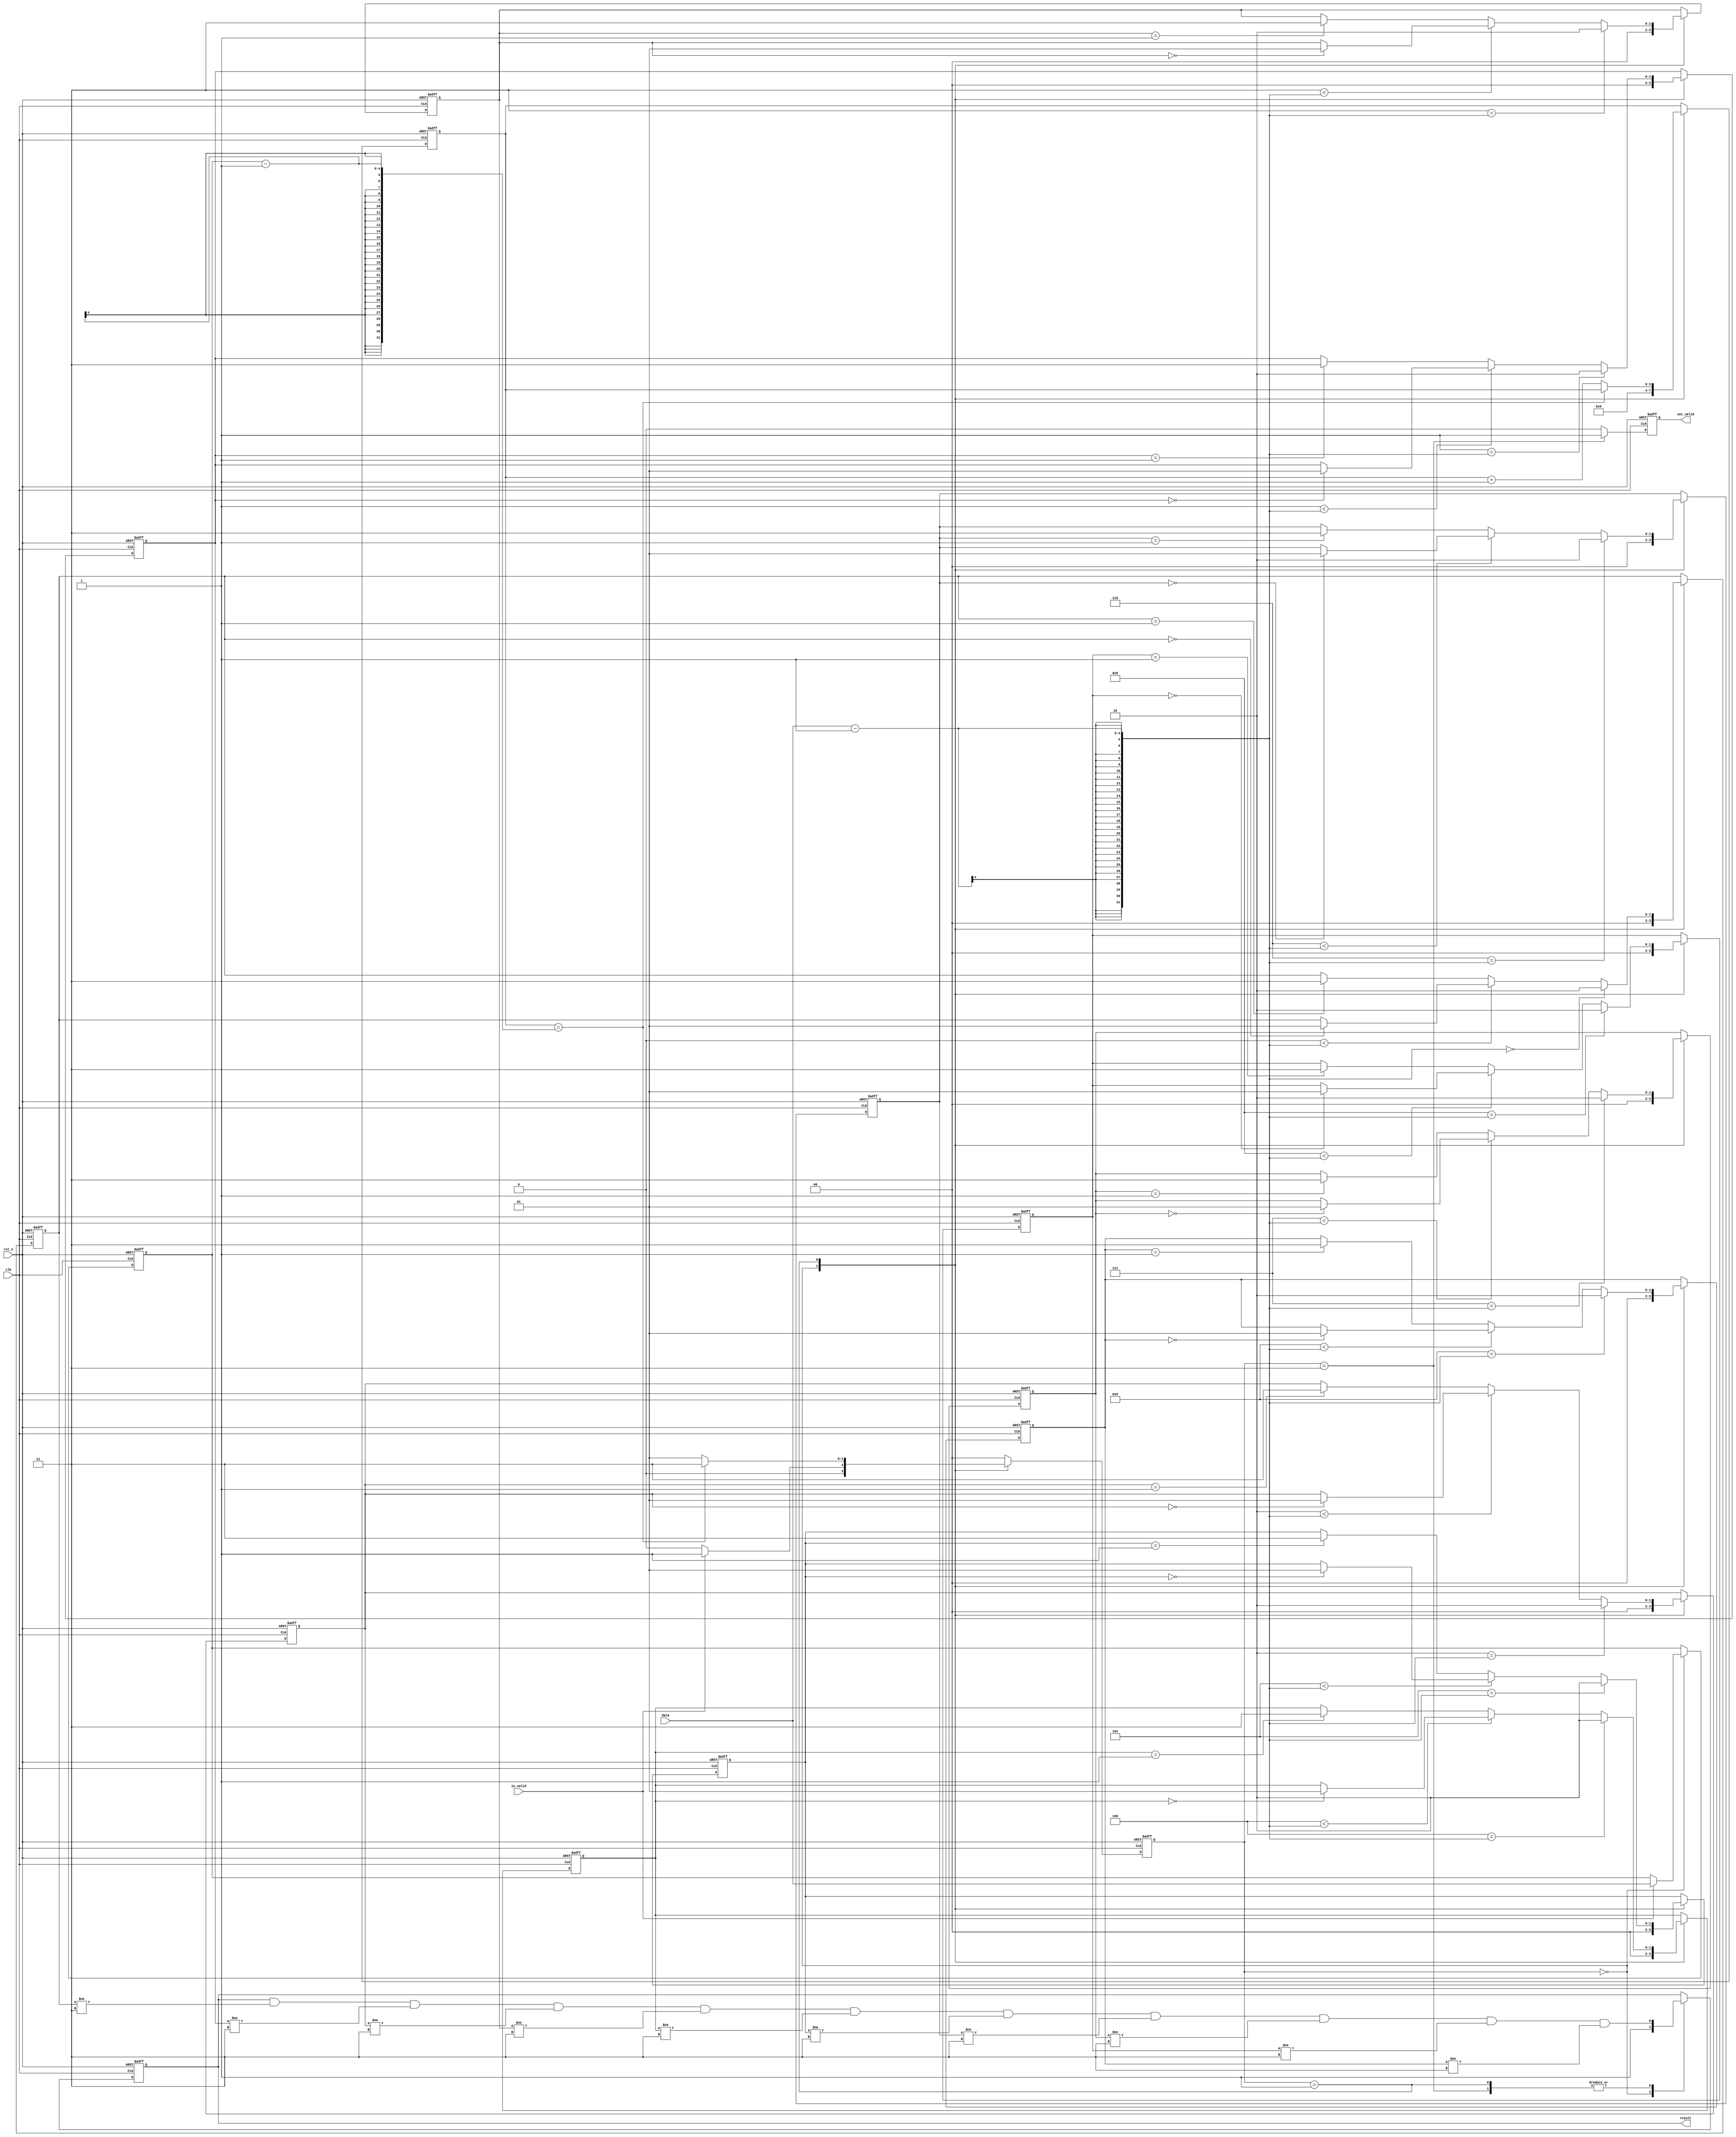
module Train(
    //Input Port
    clk,
    rst_n,
	in_valid,
	data,

    //Output Port
    out_valid,
	result
);

input        clk;
input 	     in_valid;
input        rst_n;
input  [3:0] data;
output   reg out_valid;
output   reg result; 


parameter IDLE   = 2'd0;
parameter INPUT  = 2'd1;
// parameter COMPUT = 2'd2;
parameter OUTPUT = 2'd3;

reg [1:0] state;
reg [1:0] state_next;

reg [3:0] cnt;
reg [3:0] cnt_next;

reg [3:0] num_train;
reg [3:0] num_train_next;

reg [3:0] order_train      [0:9];
reg [3:0] order_train_next [0:9];

reg [1:0] train      [0:9];
reg [1:0] train_next [0:9];

reg out_valid_next;
reg result_reg;
reg result_next;

integer i;

// FSM
always @(*) begin
    case (state)
        IDLE: begin
            if(in_valid) state_next = INPUT;
            else         state_next = IDLE;
        end 
        INPUT: begin
            if(cnt == num_train - 1) state_next = OUTPUT;
            else                     state_next = INPUT;
        end
        default: state_next = IDLE;
    endcase
end
always @(posedge clk or negedge rst_n) begin
    if(!rst_n) state <= 'b0;
    else       state <= state_next;
end

// counter
always @(*) begin
    cnt_next = cnt;
    case (state)
        IDLE: begin
            cnt_next = 'b0;
        end 
        INPUT: begin
            if(cnt == num_train - 1) cnt_next = cnt;
            else                     cnt_next = cnt + 1;
        end
        default: begin end
    endcase
end
always @(posedge clk or negedge rst_n) begin
    if(!rst_n) cnt <= 'b0;
    else       cnt <= cnt_next;
end

// input number
always @(*) begin
    num_train_next = num_train;
    case (state)
        IDLE: begin
            if(in_valid) num_train_next = data;
            else         num_train_next = num_train;
        end 
        default: begin end
    endcase
end
always @(posedge clk or negedge rst_n) begin
    if(!rst_n) num_train <= 'b0;
    else       num_train <= num_train_next;
end


// compute block
always @(*) begin
    for(i = 0; i < 10; i = i + 1) train_next[i] = train[i];
    case (state)
        IDLE: begin
            for(i = 0; i < 10; i = i + 1) train_next[i] = 'b0;
        end 
        INPUT: begin
            for(i = 0; i < 10; i = i + 1) begin
                if      (i == data - 1) train_next[i] = 2'd2;
                else if (i <  data - 1) begin
                    if(train[i] == 2'd0) train_next[i] = 2'd1;
                    else                 train_next[i] = train[i];
                end
                else begin
                    if(train[i] == 2'd1) train_next[i] = 2'd3;
                    else                 train_next[i] = train[i];
                end
            end
        end
        default: begin end
    endcase
end
always @(posedge clk or negedge rst_n) begin
    if(!rst_n) for(i = 0; i < 10; i = i + 1) train[i] <= 'b0;
    else       for(i = 0; i < 10; i = i + 1) train[i] <= train_next[i];
end



// output
// assign out_valid = (state == OUTPUT);
always @(*) begin
    out_valid_next = 'b0;
    case (state)
        // INPUT:  out_valid_next = (cnt == num_train);
        OUTPUT: out_valid_next = 1'b1;
        default: begin end
    endcase
end
always @(posedge clk or negedge rst_n) begin
    if(!rst_n) out_valid <= 'b0;
    else       out_valid <= out_valid_next;
end

always @(*) begin
    result_next = result;
    case (state)
        IDLE: begin
            result_next = 1'b1;
        end
        INPUT, OUTPUT:  result_next = result && (train[0] != 2'd3) && (train[1] != 2'd3) && (train[2] != 2'd3) && (train[3] != 2'd3) && (train[4] != 2'd3)
                                     && (train[5] != 2'd3) && (train[6] != 2'd3) && (train[7] != 2'd3) && (train[8] != 2'd3) && (train[9] != 2'd3);
        // OUTPUT: result_next = 1'b1;
        default: begin end
    endcase
end
always @(posedge clk or negedge rst_n) begin
    if(!rst_n) result <= 'b0;
    else       result <= result_next;
end

endmodule